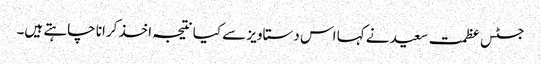
جسٹس عظمت سعید نے کہا اس دستاویز سے کیا نتیجہ اخذ کرانا چاہتے ہیں۔